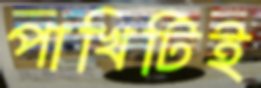
পাখিটিই